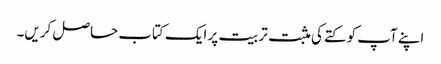
اپنے آپ کو کتے کی مثبت تربیت پر ایک کتاب حاصل کریں۔